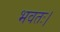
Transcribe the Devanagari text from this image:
भवतः।